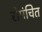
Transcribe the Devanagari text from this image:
रोमंचित